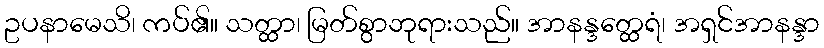
ဥပနာမေသိ၊ ကပ်၏။ သတ္ထာ၊ မြတ်စွာဘုရားသည်။ အာနန္ဒတ္ထေရံ၊ အရှင်အာနန္ဒာ